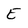
Character: E